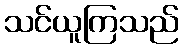
သင်ယူကြသည်